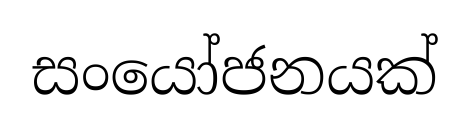
සංයෝජනයක්